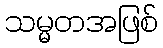
သမ္မတအဖြစ်